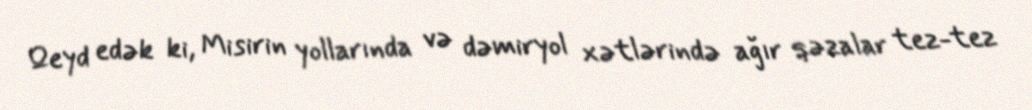
Qeyd edək ki, Misirin yollarında və dəmiryol xətlərində ağır qəzalar tez-tez